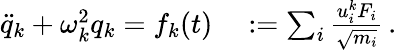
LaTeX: \begin{array}{rl}{\ddot{q}_{k}+\omega_{k}^{2}q_{k}=f_{k}(t)}&{{}:=\sum_{i}\frac{u_{i}^{k}F_{i}}{\sqrt{m_{i}}}\, .}\end{array}